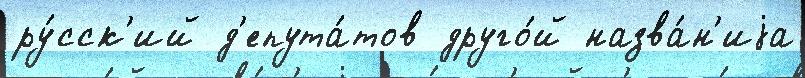
ру́сск'ий д'епута́тов друго́й назва́н'иjа